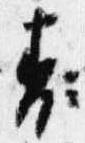
表